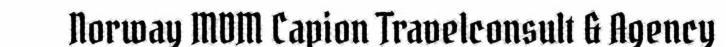
Norway MDM Capion Travelconsult & Agency